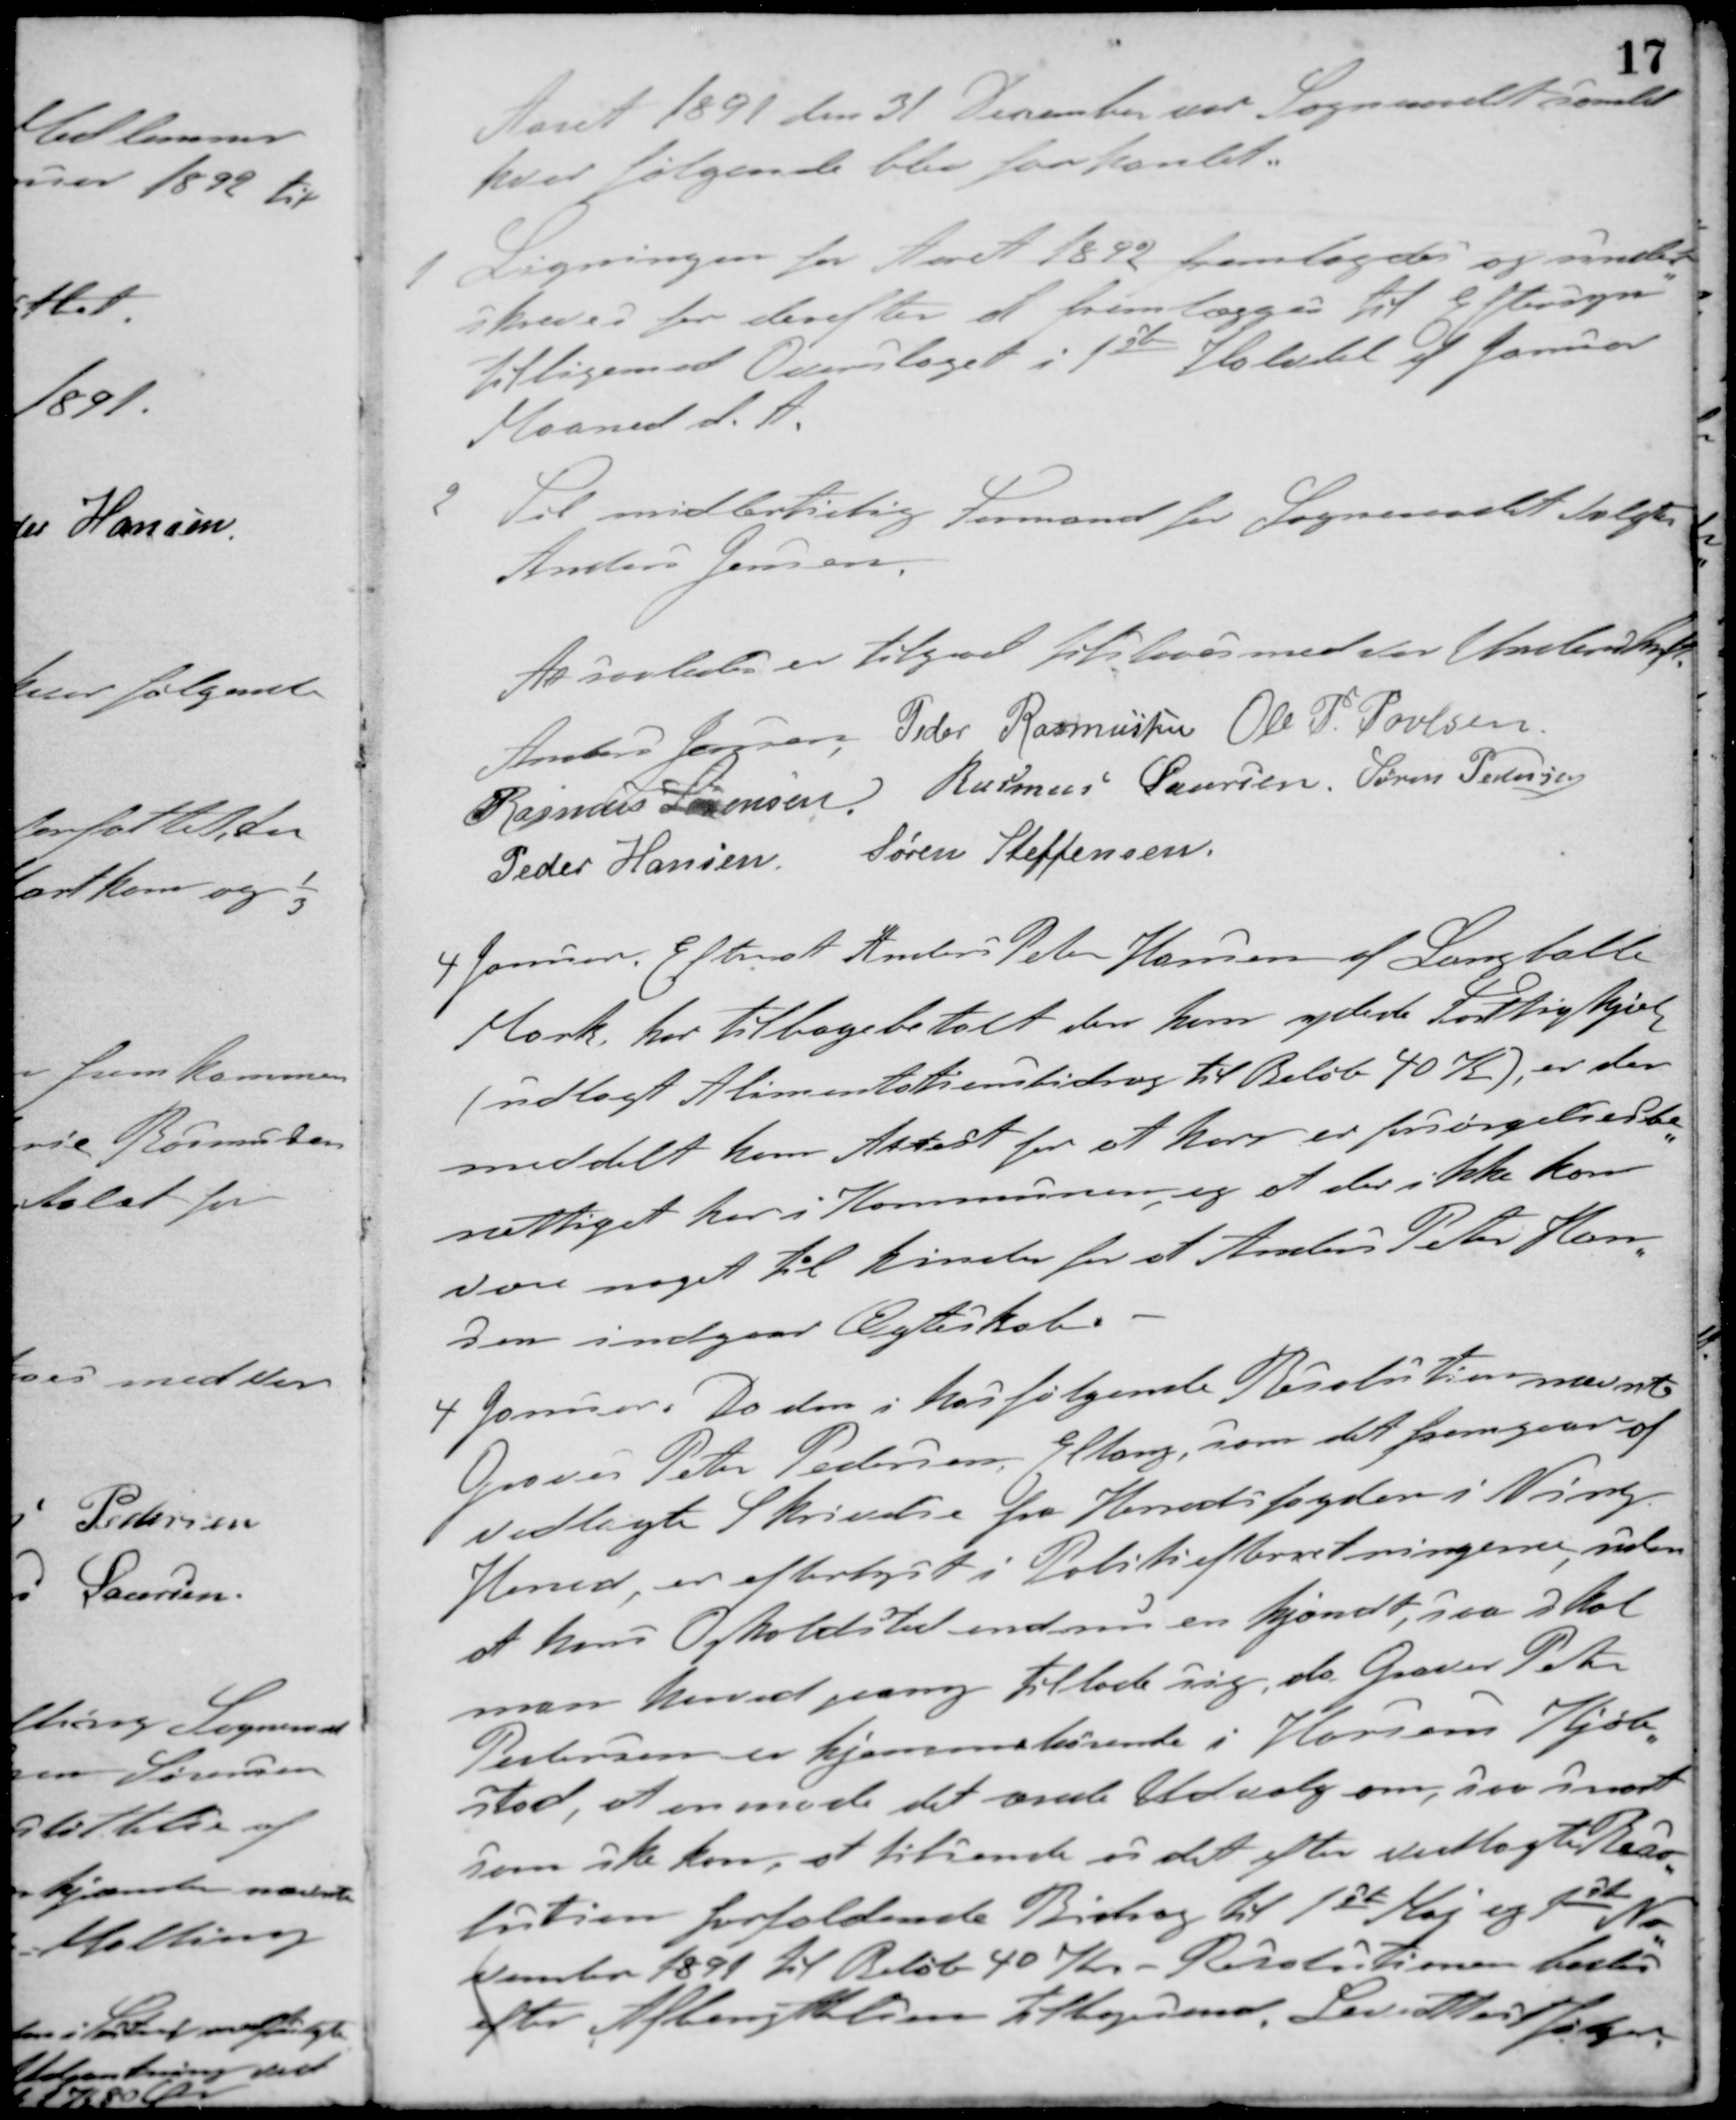
Transskription:
Aaret 1891 den 31 December var Sogneraadet samlet
hvor følgende blev forhandlet.
1 Ligningen for Aaret 1892 fremlagdes og under-
skreves for derefter at fremlægges til Eftersyn
tilligemed Overslaget i 1ste Halvdel af Januar
Maaned d. A.
2 Til midlertillig Formand for Sogneraadet valgtes
Anders Jensen
At saaledes er tilgaaet tilstaaes med vor Underskrift
Anders Jensen Peder Rasmussen Ole P. Povlsen
Rasmus Sørensen Rasmus Laursen Søren Pedersen
Peder Hansen Søren Steffensen
4 Januar. Efter at Anders Peter Hansen af Langballe
Mark har tilbagebetalt den ham ydede Fattighjælp
(udlagt Alimentationsbidrag til Beløb 40 K.) er der
meddelt ham Attest for at han er forsørgelsesbe-
rettiget her i Kommunen og at der ikke kan
være noget til hinder for at Anders Peter Han-
sen indgaar Ægteskab.
4 Januar. Da den i hosfølgende Resolution nævnte
Graver Peter Pedersen, Eltang, som det fremgaar af
vedlagte Skrivelse fra Herredsfogden i Ning
Herred, er efterlyst i Politiefterretningerne uden
at hans Opholdssted endnu en kjendt, saa skal
man herved paany tillade sig, da Graver Peter
Pedersen er hjemmehørende i Horsens Kjøb-
stad, at anmode det ærede Udvalg om, saa snart
som ske kan, at tilsende os det efter vedlagte Reso-
lution forfaldende Bidrag til 1ste Maj og 1ste No-
vember 1891 til Beløb 40 Kr. - Resolutionen bedes
efter Afbenyttelsen tilbagesendt.
Leveattest følger.